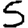
Digit: 5